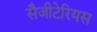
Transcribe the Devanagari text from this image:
सैजीटेरियस